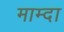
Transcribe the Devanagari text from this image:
माम्दा